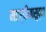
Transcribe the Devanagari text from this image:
महर्षींनासुद्धा